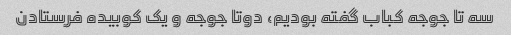
سه تا جوجه کباب گفته بودیم، دوتا جوجه و یک کوبیده فرستادن